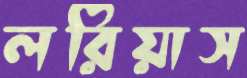
লরিয়াস